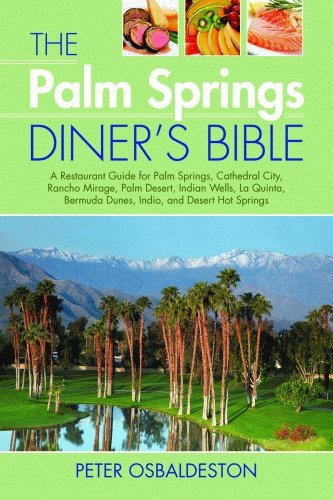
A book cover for The Palm Spring Diner's Bible: A Restaurant Guide for Palm Springs, Cathedral City, Rancho Mirage, Palm Desert, Indian Wells, La Quinta, Bermuda Dunes, Indio, and Desert Hot Springs; Peter Osbaldeston; Travel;